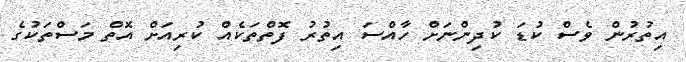
އިތުރުން ވެެސް ކުޑަ ކުދިންނަށް ހާއްސަ އިތުރު ފޮތްތަކެއް ކުރިއަށް އޮތް މަސްތަކުގެ